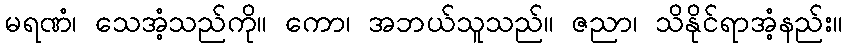
မရဏံ၊ သေအံ့သည်ကို။ ကော၊ အဘယ်သူသည်။ ဇညာ၊ သိနိုင်ရာအံ့နည်း။